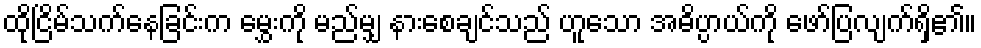
ထိုငြိမ်သက်နေခြင်းက မွှေးကို မည်မျှ နားစေချင်သည် ဟူသော အဓိပ္ပာယ်ကို ဖော်ပြလျက်ရှိ၏။